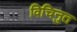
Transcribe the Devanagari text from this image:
विचिनुत